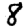
Digit: 8